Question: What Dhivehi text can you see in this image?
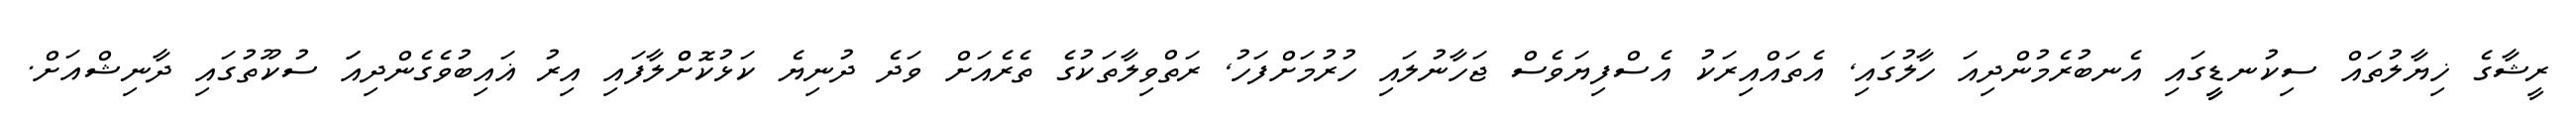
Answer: ރީޝާގެ ޚިޔާލުތައް ސިކުނޑީީގައި އެނބުރެމުންދިއަ ހާލުގައި, އެތައްއިރަކު އެސްފިޔަވެސް ޖަހާނުލައި ހުރުމަށްފަހު, ރަތްވިލާތަކުގެ ތެރެއަށް ވަދެ ދުނިޔެ ކަޅުކޮށްްލާފައި އިރު ޣައިބުވެގެންދިއަަ ސުކޫތުގައި ދާނިޝްއަށް.